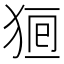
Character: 𤞸